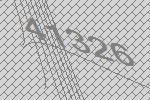
41326